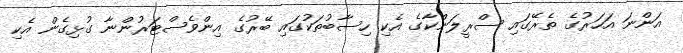
އަންނަ އަހަރުގެ ތެރޭގައި ސްރީލަންކާގެ އެކި ހިސާބުތަކުގައި ބޭރުގެ އިންވެސްޓަރުންނާ ގުޅިގެން އެކި